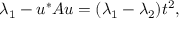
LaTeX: \lambda _ { 1 } - u ^ { * } A u = ( \lambda _ { 1 } - \lambda _ { 2 } ) t ^ { 2 } ,